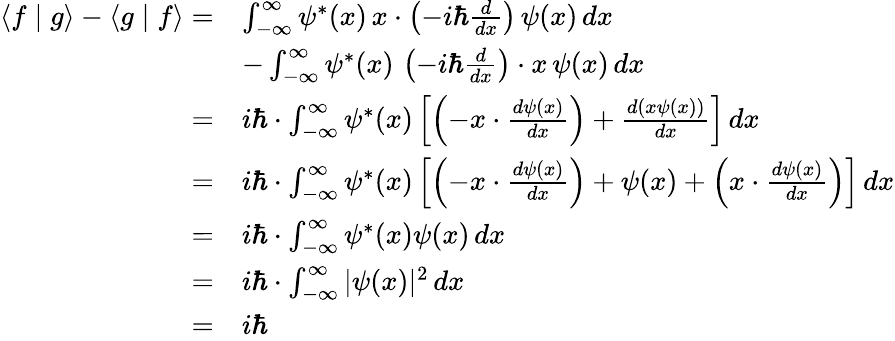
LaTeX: {\begin{array}{rl}{\langle f\mid g\rangle-\langle g\mid f\rangle=}&{\int_{-\infty}^{\infty}\psi^{*}(x)\, x\cdot\left(-i\hbar{\frac{d}{dx}}\right)\, \psi(x)\, dx}\\ &{-\int_{-\infty}^{\infty}\psi^{*}(x)\, \left(-i\hbar{\frac{d}{dx}}\right)\cdot x\, \psi(x)\, dx}\\ {=}&{i\hbar\cdot\int_{-\infty}^{\infty}\psi^{*}(x)\left[\left(-x\cdot{\frac{d\psi(x)}{dx}}\right)+{\frac{d(x\psi(x))}{dx}}\right]\, dx}\\ {=}&{i\hbar\cdot\int_{-\infty}^{\infty}\psi^{*}(x)\left[\left(-x\cdot{\frac{d\psi(x)}{dx}}\right)+\psi(x)+\left(x\cdot{\frac{d\psi(x)}{dx}}\right)\right]\, dx}\\ {=}&{i\hbar\cdot\int_{-\infty}^{\infty}\psi^{*}(x)\psi(x)\, dx}\\ {=}&{i\hbar\cdot\int_{-\infty}^{\infty}|\psi(x)|^{2}\, dx}\\ {=}&{i\hbar}\end{array}}